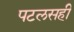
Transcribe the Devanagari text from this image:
पटलसही